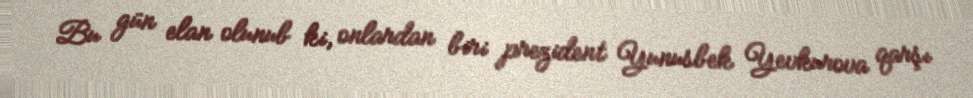
Bu gün elan olunub ki, onlardan biri prezident Yunusbek Yevkurova qarşı